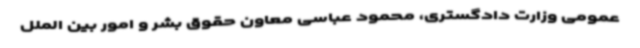
عمومی وزارت دادگستری، محمود عباسی معاون حقوق بشر و امور بین الملل